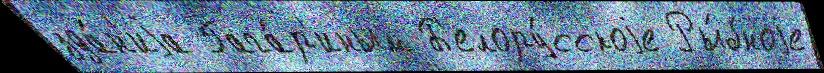
зда́н'иjа Гага́р'иным Б'елору́сскоjе Ры́бноjе